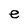
Character: e